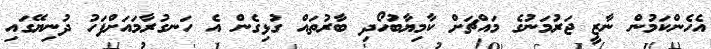
އެހެންކަމުން ނާޒީ ޖަރުމަނުގެ މައްޗަށް ކާމިޔާބުހޯދި ބާރުތައް ގުޅިގެން އެ ހަނގުރާމައަށްފަހު ދުނިޔޭގައި